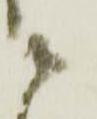
ニ